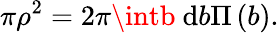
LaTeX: \pi\rho^{2}=2\pi\intb~\mathrm{d}b\Pi\left(b\right).